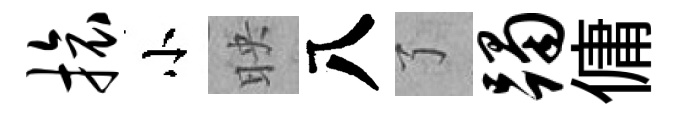
旅小映八了躅傭